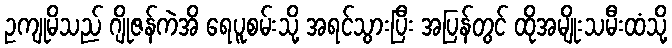
ဥကျုမိသည် ဂျိုဇန်ကဲအိ ရေပူစမ်းသို့ အရင်သွားပြီး အပြန်တွင် ထိုအမျိုးသမီးထံသို့